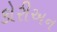
કોરીઅન